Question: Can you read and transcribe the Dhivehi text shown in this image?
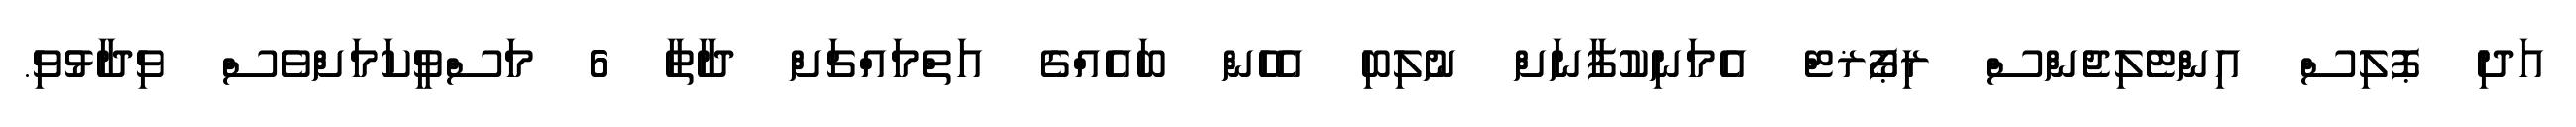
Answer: އަދި ޕޮލިސް އިންޓެލިޖެންސް ރިޕޯޜޓް އެމަނިކުފާނަށް ނުލިބި އެހެން ބައެއްގެ އަތްމައްޗަށް ދާތާ 6 މަސްވީކަމަށްވެސް ވިދާޅުވި.